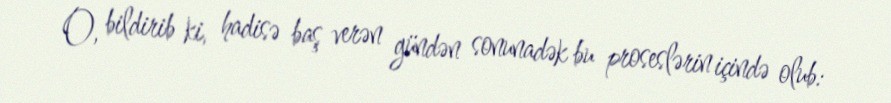
O, bildirib ki, hadisə baş verən gündən sonunadək bu proseslərin içində olub: